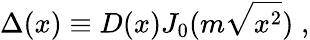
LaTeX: \Delta(x)\equiv D(x)J_{0}(m\sqrt{x^{2}})\; ,